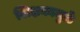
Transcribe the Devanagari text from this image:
शिक्षकामुळे